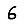
Digit: 6